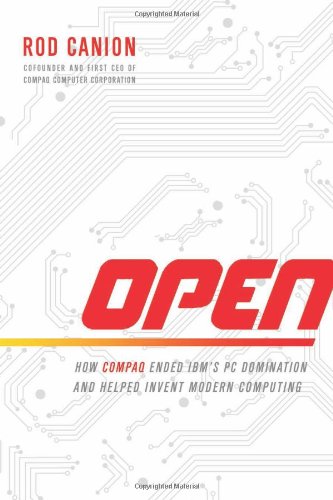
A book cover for Open: How Compaq Ended IBM's PC Domination and Helped Invent Modern Computing; Rod Canion; Computers & Technology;